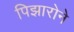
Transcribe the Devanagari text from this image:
पिझारोने